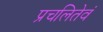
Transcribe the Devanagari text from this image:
प्रचलितेवं